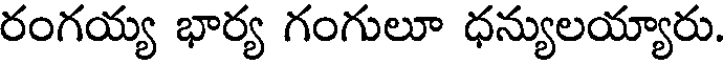
రంగయ్య భార్య గంగులూ ధన్యులయ్యారు.